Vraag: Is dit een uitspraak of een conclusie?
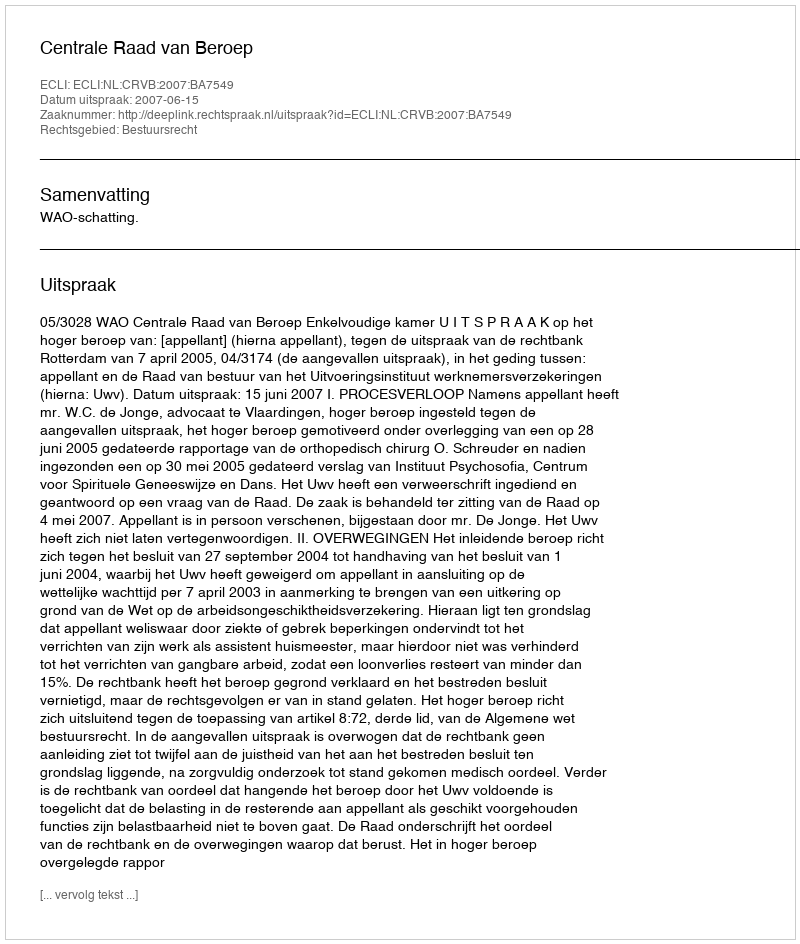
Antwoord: Uitspraak